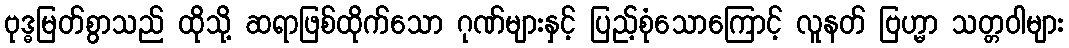
ဗုဒ္ဓမြတ်စွာသည် ထိုသို့ ဆရာဖြစ်ထိုက်သော ဂုဏ်များနှင့် ပြည့်စုံသောကြောင့် လူနတ် ဗြဟ္မာ သတ္တဝါများ